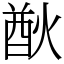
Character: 㷕